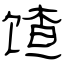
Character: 馇